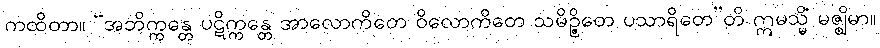
ကထိတာ။ “အဘိက္ကန္တေ ပဋိက္ကန္တေ အာလောကိတေ ဝိလောကိတေ သမိဉ္ဇိတေ ပသာရိတေ”တိ ဣမသ္မိံ မဇ္ဈိမာ။